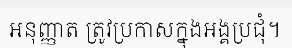
អនុញ្ញាត ត្រូវប្រកាសក្នុងអង្គប្រជុំ។